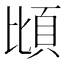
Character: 𫖝